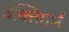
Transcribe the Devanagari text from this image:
उक्तिगर्भ